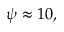
\psi \approx 1 0 ,